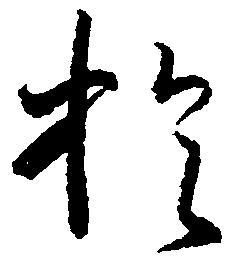
於